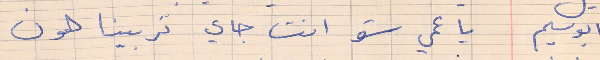
ابو سليم     يا عمي شو انت جاي تربينا هون